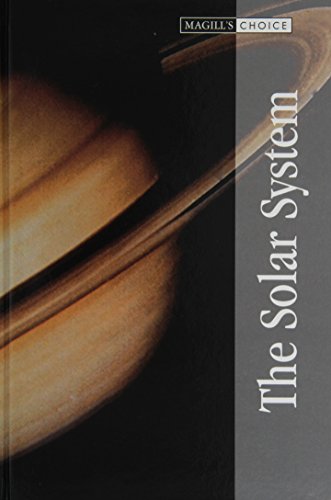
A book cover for The Solar System (3 Vol Set) (Magill's Choice); Roger Smith; Science & Math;